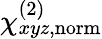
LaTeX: \chi_{xyz,\mathrm{norm}}^{(2)}